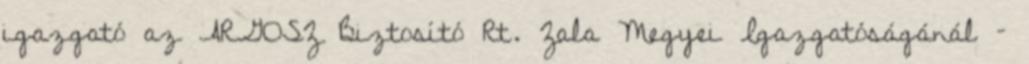
igazgató az ARGOSZ Biztosító Rt. Zala Megyei Igazgatóságánál –